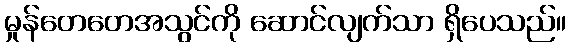
မှုန်တေတေအသွင်ကို ဆောင်လျက်သာ ရှိပေသည်။